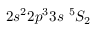
2 s ^ { 2 } 2 p ^ { 3 } 3 s ~ ^ { 5 } S _ { 2 }